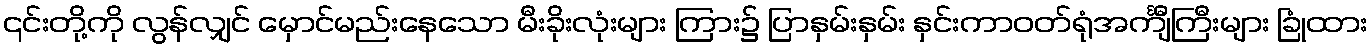
၎င်းတို့ကို လွန်လျှင် မှောင်မည်းနေသော မီးခိုးလုံးများ ကြား၌ ပြာနှမ်းနှမ်း နှင်းကာဝတ်ရုံအင်္ကျီကြီးများ ခြုံထား